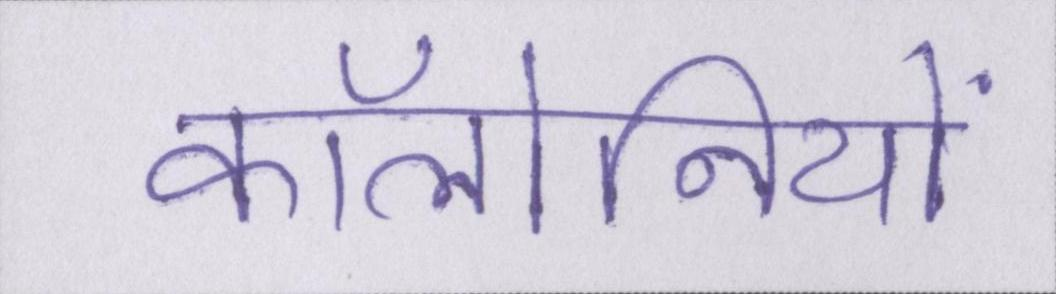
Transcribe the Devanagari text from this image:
कॉलोनियों